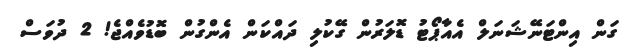
ގަން އިންޓަނޭޝަނަލް އެއާޕޯޓު ޑޮލަރުން ގޭކުލި ދައްކަން އެންގުން ބޮޑުވެއްޖެ! 2 ދުވަސް